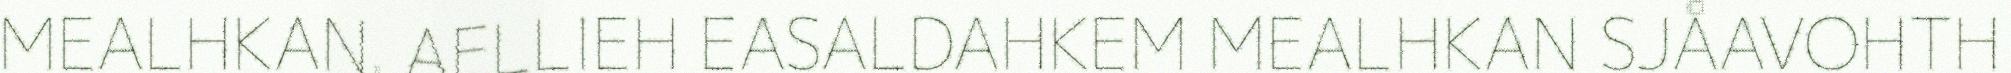
MEALHKAN. AELLIEH EASALDAHKEM MEALHKAN SJÅAVOHTH